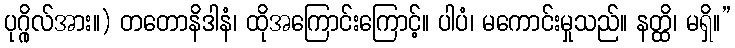
ပုဂ္ဂိုလ်အား။) တတောနိဒါနံ၊ ထိုအကြောင်းကြောင့်။ ပါပံ၊ မကောင်းမှုသည်။ နတ္ထိ၊ မရှိ။”